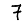
Digit: 7